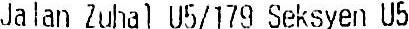
JALAN ZUHAL U5/179 SEKSYEN U5